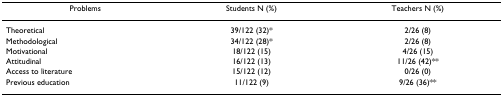
<table><thead><tr><td><b>Problems</b></td><td><b>Students N (%)</b></td><td><b>Teachers N (%)</b></td></tr></thead><tbody><tr><td>Theoretical</td><td>39/122 (32)*</td><td>2/26 (8)</td></tr><tr><td>Methodological</td><td>34/122 (28)*</td><td>2/26 (8)</td></tr><tr><td>Motivational</td><td>18/122 (15)</td><td>4/26 (15)</td></tr><tr><td>Attitudinal</td><td>16/122 (13)</td><td>11/26 (42)**</td></tr><tr><td>Access to literature</td><td>15/122 (12)</td><td>0/26 (0)</td></tr><tr><td>Previous education</td><td>11/122 (9)</td><td>9/26 (36)**</td></tr></tbody></table>